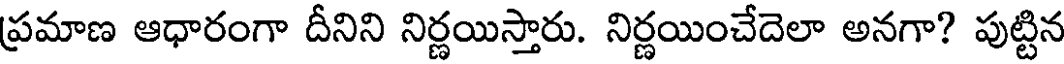
ప్రమాణ ఆధారంగా దీనిని నిర్ణయిస్తారు. నిర్ణయించేదెలా అనగా? పుట్టిన